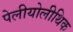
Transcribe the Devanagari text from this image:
पेलीयोलीथिक